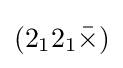
(2_{1}2_{1}{\bar {\times }})